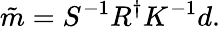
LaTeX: \tilde{m}=S^{-1}R^{\dagger}K^{-1}d.